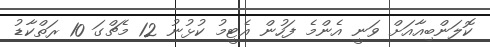
ކޮލަންބިއާއަށް ވަނީ އެންމެ ފަހުން އެޓީމު ކުޅުނު 12 މެޗްގަ 10 ރަތްކާޑު